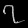
Digit: ၇